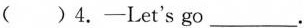
( )4.—Let's go___.